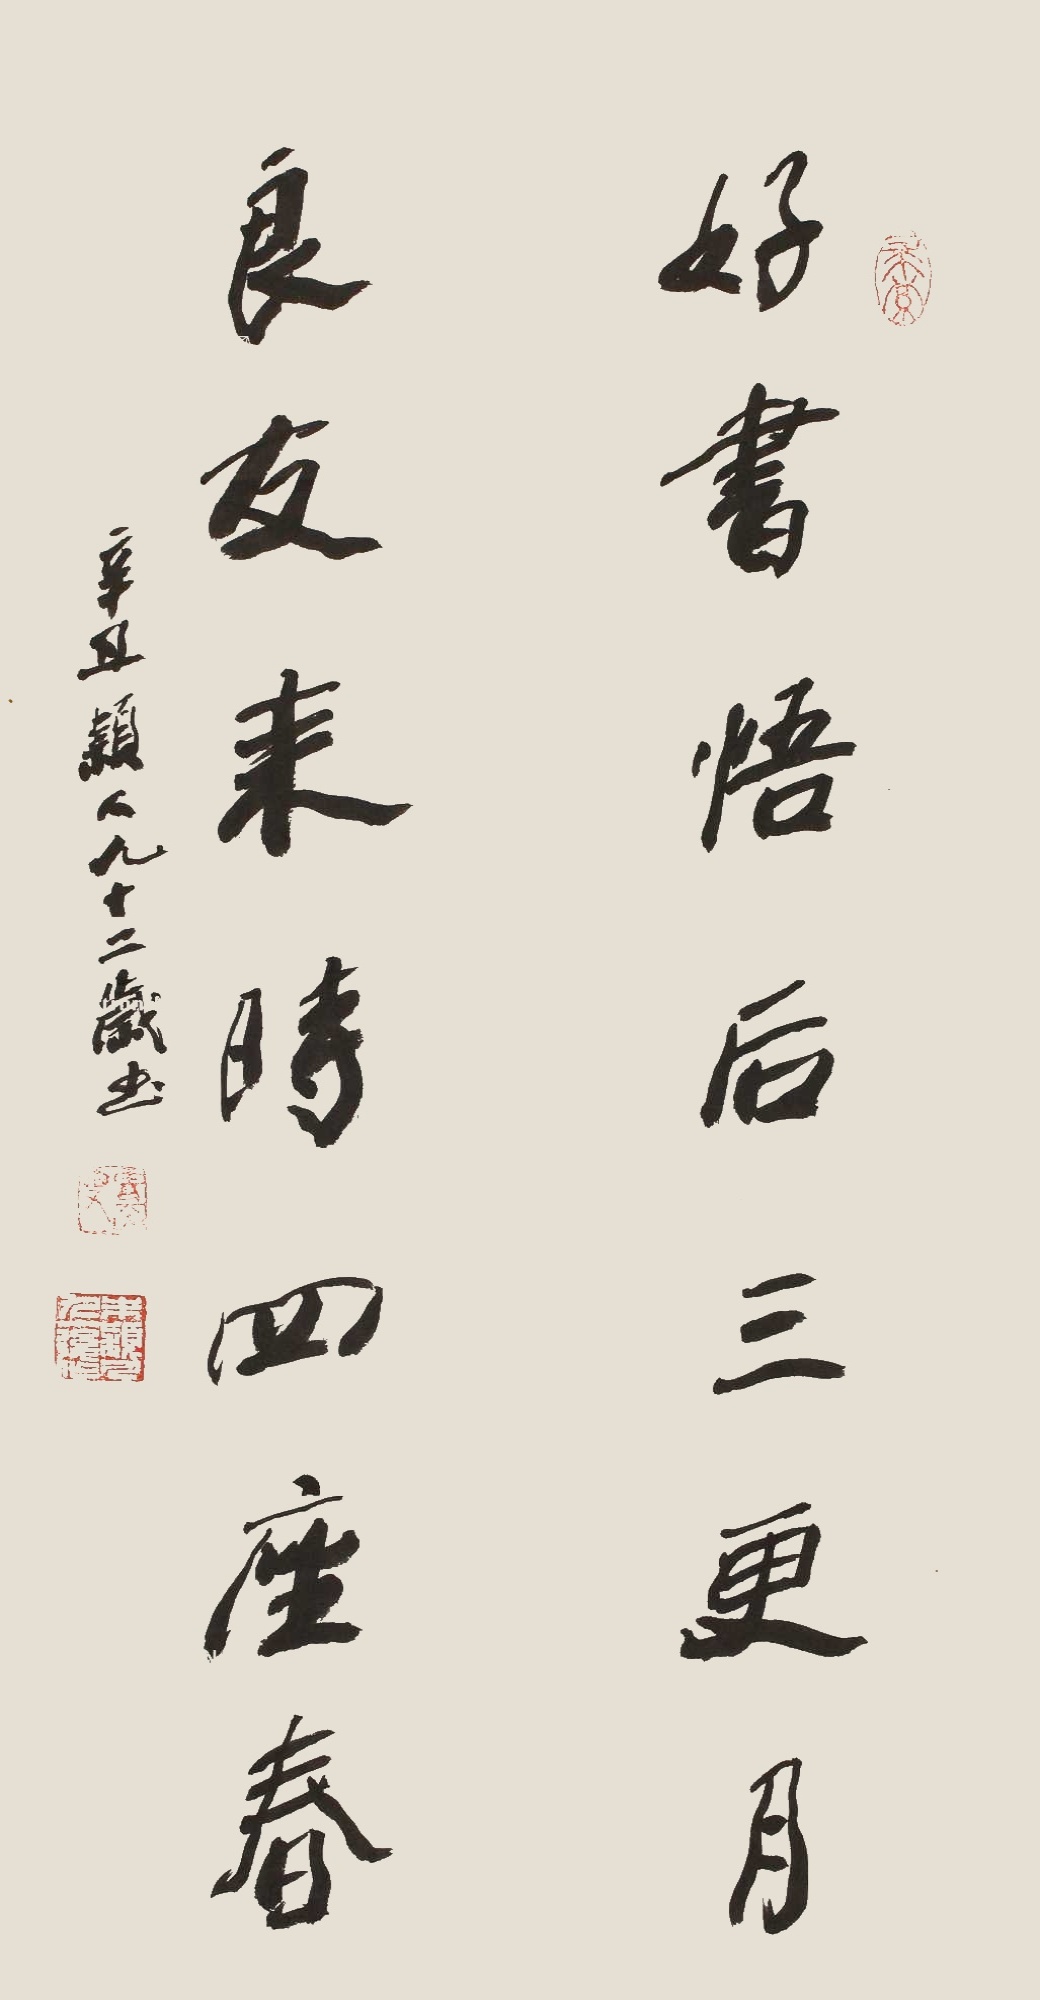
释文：好书悟后三更月；良友来时四座春。辛丑，颖人九十二岁书。